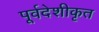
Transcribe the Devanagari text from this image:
पूर्वदेशीकृत